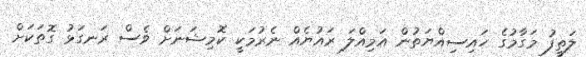
ލަތީފު މަގާމުގެ ހައިސިއްޔަތުން އަމިއްލަ ރައުޔެއް ނެރުމަކީ ކޮމިޝަނަށް ވެސް ރަނގަޅު ގޮތަކަށް